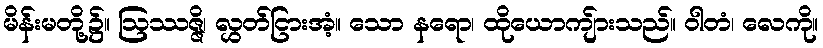
မိန်းမတို့၌။ ဩဿဇ္ဇိ၊ လွှတ်ငြားအံ့။ သော နရော၊ ထိုယောကျ်ားသည်။ ဝါတံ၊ လေကို။